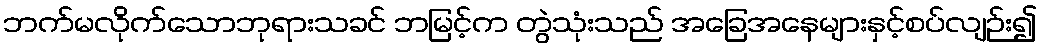
ဘက်မလိုက်သောဘုရားသခင် ဘမြင့်က တွဲသုံးသည် အခြေအနေများနှင့်စပ်လျဉ်း၍